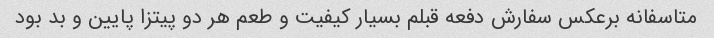
متاسفانه برعکس سفارش دفعه قبلم بسیار کیفیت و طعم هر دو پیتزا پایین و بد بود